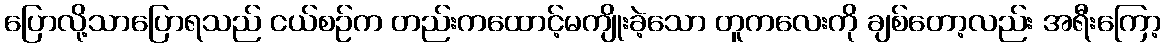
ပြောလို့သာပြောရသည် ငယ်စဉ်က တည်းကထောင့်မကျိုးခဲ့သော တူကလေးကို ချစ်တော့လည်း အရီးကြော့